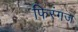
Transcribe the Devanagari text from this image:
फिरंगज